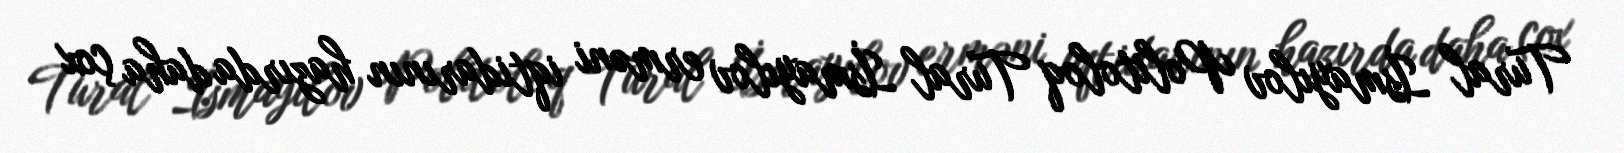
Tural İsmayılov Politoloq Tural İsmayılov erməni iqtidarının hazırda daha çox